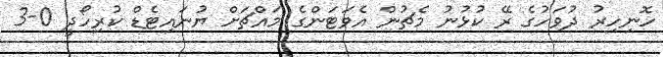
ހޮނިހިރު ދުވަހުގެ ރޭ ކުޅުނު މެޗުން އެވަޓަންގެ މައްޗަށް ޔުނައިޓެޑް ކުރިހޯދީ 0-3